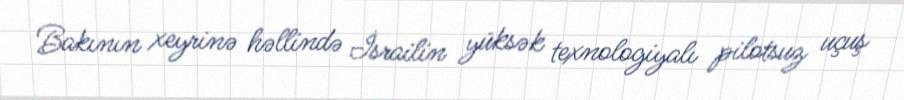
Bakının xeyrinə həllində İsrailin yüksək texnologiyalı pilotsuz uçuş